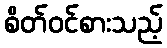
စိတ်ဝင်စားသည့်